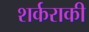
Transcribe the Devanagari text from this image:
शर्कराकी